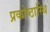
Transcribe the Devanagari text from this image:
प्रकोष्ठास्थि